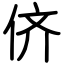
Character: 侪